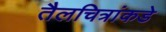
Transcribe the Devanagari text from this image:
तैलचित्रांकडे